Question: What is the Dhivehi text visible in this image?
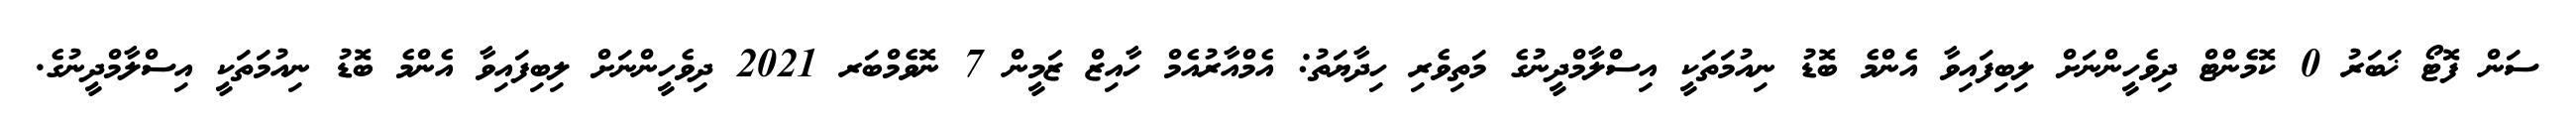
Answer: ސަން ފޮޓޯ ޚަބަރު 0 ކޮމެންޓް ދިވެހީންނަށް ލިބިފައިވާ އެންމެ ބޮޑު ނިއުމަތަކީ އިސްލާމްދީނުގެ މަތިވެރި ހިދާޔަތު: އެމްއާރުއެމް ހާއިޒް ޒަމީން 7 ނޮވެމްބަރ 2021 ދިވެހީންނަށް ލިބިފައިވާ އެންމެ ބޮޑު ނިއުމަތަކީ އިސްލާމްދީނުގެ.